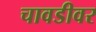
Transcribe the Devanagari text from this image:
चावडीवर